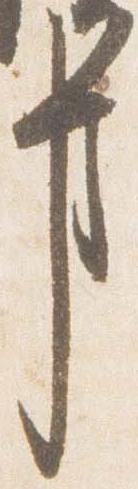
事